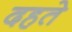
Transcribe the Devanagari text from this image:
दहते